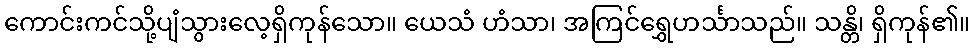
ကောင်းကင်သို့ပျံသွားလေ့ရှိကုန်သော။ ယေသံ ဟံသာ၊ အကြင်ရွှေဟင်္သာသည်။ သန္တိ၊ ရှိကုန်၏။